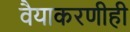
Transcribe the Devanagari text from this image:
वैयाकरणीही